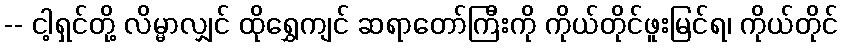
-- ငါ့ရှင်တို့ လိမ္မာလျှင် ထိုရွှေကျင် ဆရာတော်ကြီးကို ကိုယ်တိုင်ဖူးမြင်ရ၊ ကိုယ်တိုင်